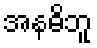
အနဓိဘူ